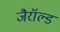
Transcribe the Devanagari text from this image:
जैरॉल्ड